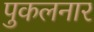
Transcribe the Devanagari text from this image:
पुकलनार